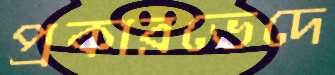
প্রকারভেদে